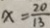
x = \frac { 2 0 } { 1 3 }